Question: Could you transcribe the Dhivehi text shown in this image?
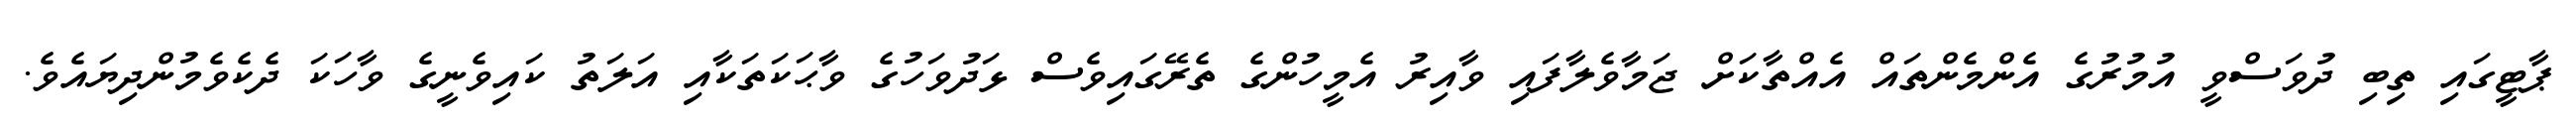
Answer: ޕާޓީގައި ތިބި ދުވަސްވީ އުމުރުގެ އެންމެންތައް އެއްތާކަށް ޖަމާވެލާފައި ވާއިރު އެމީހުންގެ ތެރޭގައިވެސް ޅަދުވަހުގެ ވާޙަކަތަކާއި އަލަތު ކައިވެނީގެ ވާހަކަ ދެކެވެމުންދިޔައެވެ.